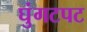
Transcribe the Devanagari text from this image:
घुंगटपट